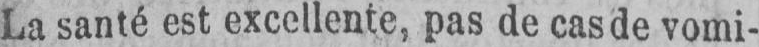
La santé est excellente, pas de cas de vomi-